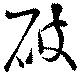
破